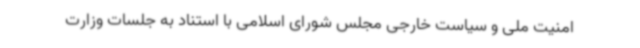
امنیت ملی و سیاست خارجی مجلس شورای اسلامی با استناد به جلسات وزارت